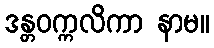
ဒန္တဝက္ကလိကာ နာမ။